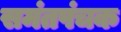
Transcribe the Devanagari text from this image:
समंतपंचक